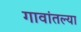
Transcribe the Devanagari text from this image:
गावांतल्या